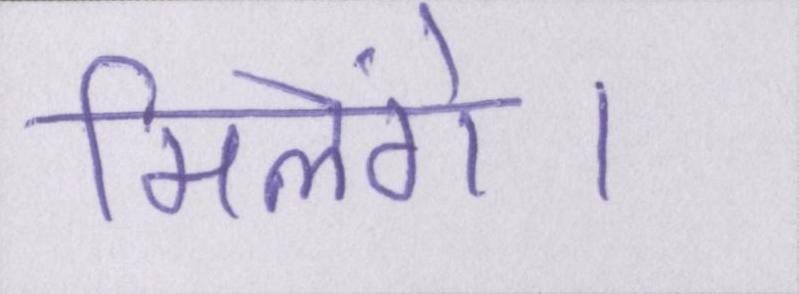
मिलेंगे।